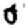
Digit: 0